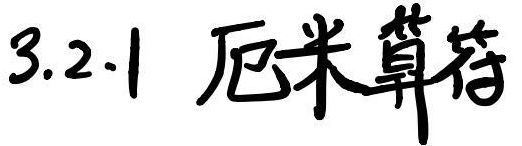
3.2.1 厄米算符